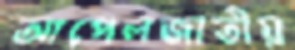
আপেলজাতীয়